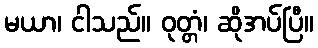
မယာ၊ ငါသည်။ ဝုတ္တံ၊ ဆိုအပ်ပြီ။